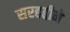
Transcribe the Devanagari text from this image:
सरहद्दीने